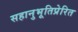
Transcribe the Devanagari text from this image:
सहानुभूतिप्रेरित